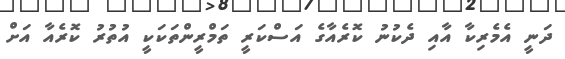
ދަނީ އެމެރިކާ އާއި ދެކުނު ކޮރެއާގެ އަސްކަރީ ތަމްރީންތަކަކީ އުތުރު ކޮރެއާ އަށް